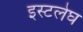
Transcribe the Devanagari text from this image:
इस्टलेघ